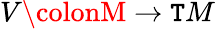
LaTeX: V\colonM\to\mathtt{T}M